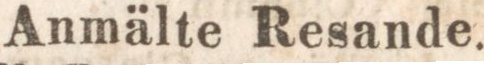
Anmälte Resande.